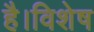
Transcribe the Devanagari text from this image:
है।विशेष